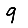
Digit: 9